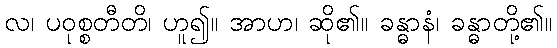
လ၊ ပဝုစ္စတီတိ၊ ဟူ၍။ အာဟ၊ ဆို၏။ ခန္ဓာနံ၊ ခန္ဓာတို့၏။